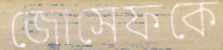
জোসেফকে